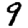
Digit: 9